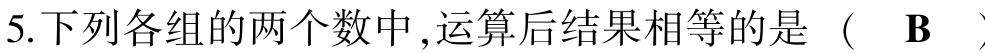
5.下列各组的两个数中,运算后结果相等的是（  B  ）